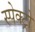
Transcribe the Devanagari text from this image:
स्पेक्ट्रो